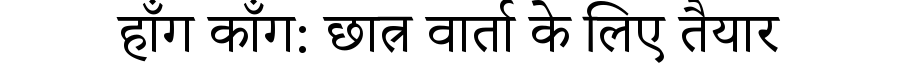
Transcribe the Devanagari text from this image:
हाँग काँग: छात्र वार्ता के लिए तैयार